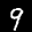
Label: 9